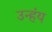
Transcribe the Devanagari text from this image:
उन्हंय